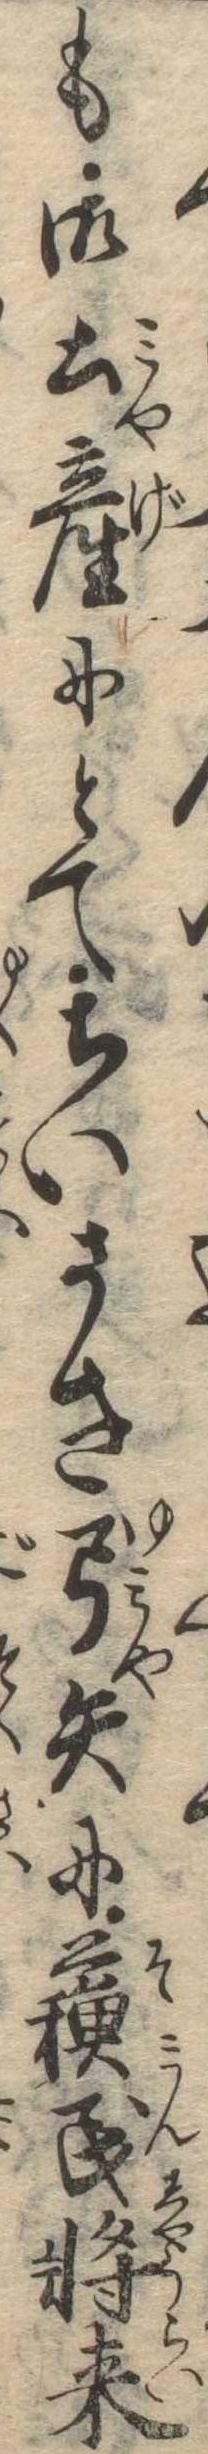
も御土産にとてちいさき弓矢に蘇民将来